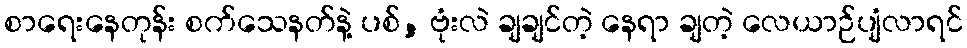
စာရေးနေတုန်း စက်သေနတ်နဲ့ ပစ်, ဗုံးလဲ ချချင်တဲ့ နေရာ ချတဲ့ လေယာဉ်ပျံလာရင်